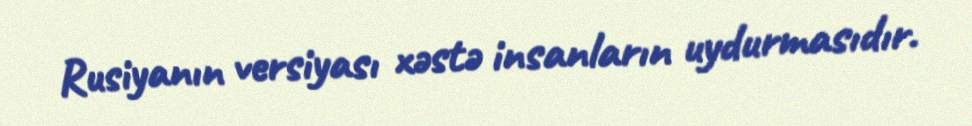
Rusiyanın versiyası xəstə insanların uydurmasıdır.